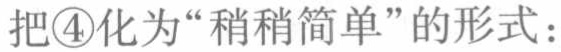
把\textcircled{4}化为“稍稍简单”的形式：